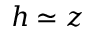
h \simeq z